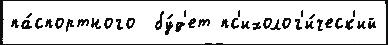
па́спортного  бу́д'ет пс'ихолог'и́ческ'ий